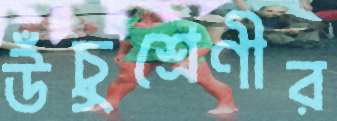
উঁচুশ্রেণীর